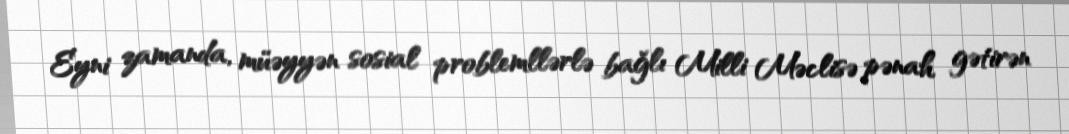
Eyni zamanda, müəyyən sosial problemllərlə bağlı Milli Məclisə pənah gətirən